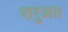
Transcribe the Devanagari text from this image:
शरुअत